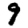
Digit: 9